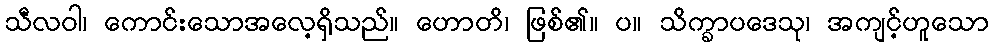
သီလဝါ၊ ကောင်းသောအလေ့ရှိသည်။ ဟောတိ၊ ဖြစ်၏။ ပ။ သိက္ခာပဒေသု၊ အကျင့်ဟူသော